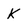
Character: k